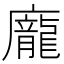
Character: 龐